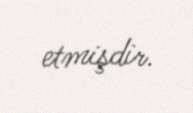
etmişdir.